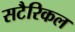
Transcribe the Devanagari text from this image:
सटैरिकल